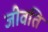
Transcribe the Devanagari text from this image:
जीवति